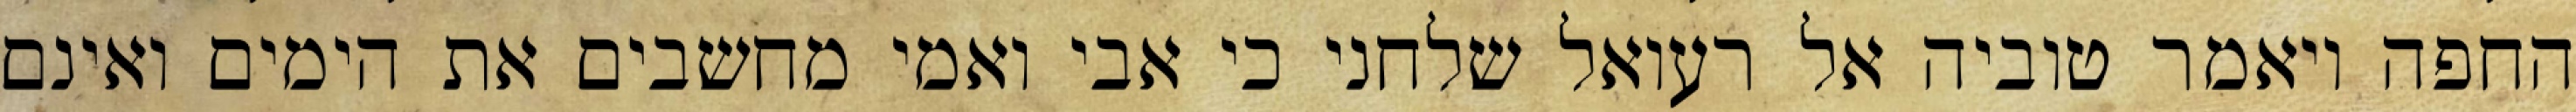
החפה ויאמר טוביה אל רעואל שלחני כי אבי ואמי מחשבים את הימים ואינם